Report of the Indian Hemp Drugs Commission, 1894-1895 - Volume VIII
Year: 1894
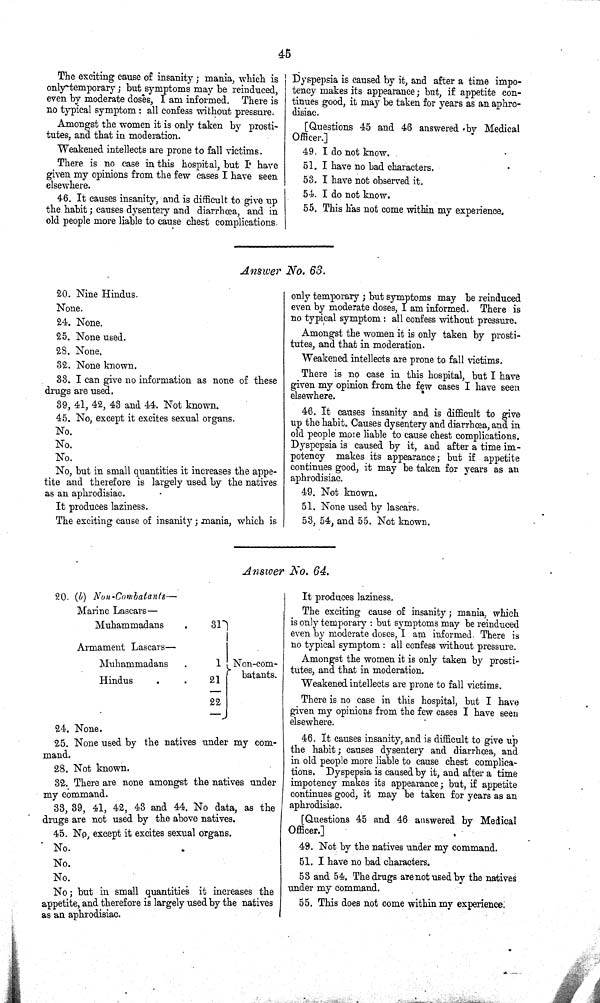
45
The exciting cause of insanity; mania, which is
only temporary; but symptoms may be reinduced,
even by moderate doses, I am informed. There is
no typical symptom: all confess without pressure.
Amongst the women it is only taken by prosti-
tutes, and that in moderation.
Weakened intellects are prone to fall victims.
There is no case in this hospital, but I have
given my opinions from the few cases I have seen
elsewhere.
46. It causes insanity, and is difficult to give up
the habit; causes dysentery and diarrhœa, and in
old people more liable to cause chest complications.
Dyspepsia is caused by it, and after a time impo-
tency makes its appearance; but, if appetite con-
tinues good, it may be taken for years as an aphro-
disiac.
[Questions 45 and 46 answered by Medical
Officer.]
49. I do not know.
51. I have no bad characters.
53. I have not observed it.
54. I do not know.
55. This has not come within my experience.
Answer No. 63.
20. Nine Hindus.
None.
24. None.
25. None used.
28. None.
32. None known.
33. I can give no information as none of these
drugs are used.
39, 41, 42, 43 and 44. Not known.
45. No, except it excites sexual organs.
No.
No.
No.
No, but in small quantities it increases the appe-
tite and therefore is largely used by the natives
as an aphrodisiac.
It produces laziness.
The exciting cause of insanity; mania, which is
only temporary; but symptoms may be reinduced
even by moderate doses, I am informed. There is
no typical symptom: all confess without pressure.
Amongst the women it is only taken by prosti-
tutes, and that in moderation.
Weakened intellects are prone to fall victims.
There is no case in this hospital, but I have
given my opinion from the few cases I have seen
elsewhere.
46. It causes insanity and is difficult to give
up the habit. Causes dysentery and diarrhœa, and in
old people more liable to cause chest complications.
Dyspepsia is caused by it, and after a time im-
potency makes its appearance; but if appetite
continues good, it may be taken for years as an
aphrodisiac.
49. Not known.
51. None used by lascars.
53, 54, and 55. Not known.
Answer No. 64.
20. (b)
Non-Combatants-
Marine Lascars—
Muhammadans
31
Armament Lascars—
Muhammadans
1 Non-com-
Hindus
21
batants.
22
24. None.
25. None used by the natives under my com-
mand.
28. Not known.
32. There are none amongst the natives under
my command.
33, 39, 41, 42, 43 and 44. No data, as the
drugs are not used by the above natives.
45. No, except it excites sexual organs.
No.
No.
No.
No; but in small quantities it increases the
appetite, and therefore is largely used by the natives
as an aphrodisiac.
It produces laziness.
The exciting cause of insanity; mania, which
is only temporary: but symptoms may be reinduced
even by moderate doses, I am informed. There is
no typical symptom: all confess without pressure.
Amongst the women it is only taken by prosti-
tutes, and that in moderation.
Weakened intellects are prone to fall victims.
There is no case in this hospital, but I have
given my opinions from the few cases I have seen
elsewhere.
46. It causes insanity, and is difficult to give up
the habit; causes dysentery and diarrhœa, and
in old people more liable to cause chest complica-
tions. Dyspepsia is caused by it, and after a time
impotency makes its appearance; but, if appetite
continues good, it may be taken for years as an
aphrodisiac.
[Questions 45 and 46 answered by Medical
Officer.]
49. Not by the natives under my command.
51. I have no bad characters.
53 and 54. The drugs are not used by the natives
under my command.
55. This does not come within my experience.